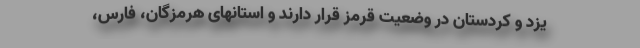
یزد و کردستان در وضعیت قرمز قرار دارند و استانهای هرمزگان، فارس،